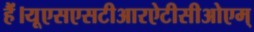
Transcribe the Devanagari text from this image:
हैं।यूएसएसटीआरऐटीसीओएम्